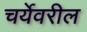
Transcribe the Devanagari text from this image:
चर्येवरील